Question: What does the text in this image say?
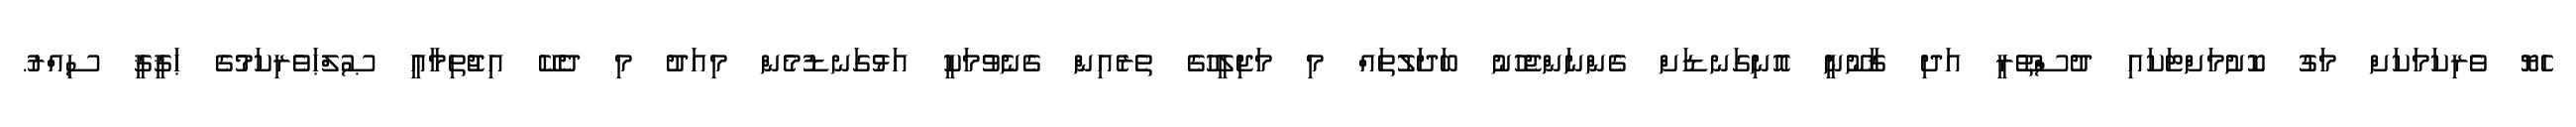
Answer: ހެޔޮ ވެރިކަމަކަށް މަގު ކޮށުމަށްޓަކައި ދުސްތޫރީ އަދި ޤާނޫނީ އޮނިގަނޑަށް ގެންނަންޖެހުނު ބަދަލުތައް މި މަޖިލީހުގެ ތެރެއިން ގެނެވުމަކީ އަޅުގަނޑުމެން މިއަދު މި ދެކޭ އިޖުތިމާޢީ ޞުލްޙަވެރިކަމުގެ ޙަޤީޤީ ސިއްރު.